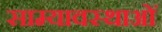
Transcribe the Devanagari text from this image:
साम्यावस्थाओं